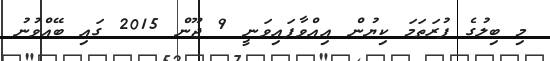
މި ބިލުގެ ފުރަތަމަ ކިޔުން އިއްވާފައިވަނީ 9 ޖޫން 2015 ގައި ބޭއްވުނު